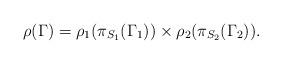
LaTeX: \begin{align*} \rho(\Gamma)=\rho_1(\pi_{S_1}(\Gamma_1))\times\rho_2(\pi_{S_2}(\Gamma_2)).\end{align*}